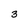
Character: 3